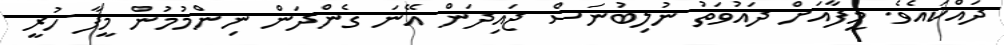
ދައްކައެވެ. މީފާއަށް ދައުވަތު ނުލިބުނަސް ޖައިދަން އޭނަ ގެންދަން ނިންމުމުން މީފާ ހުރީ